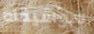
موسيقاه